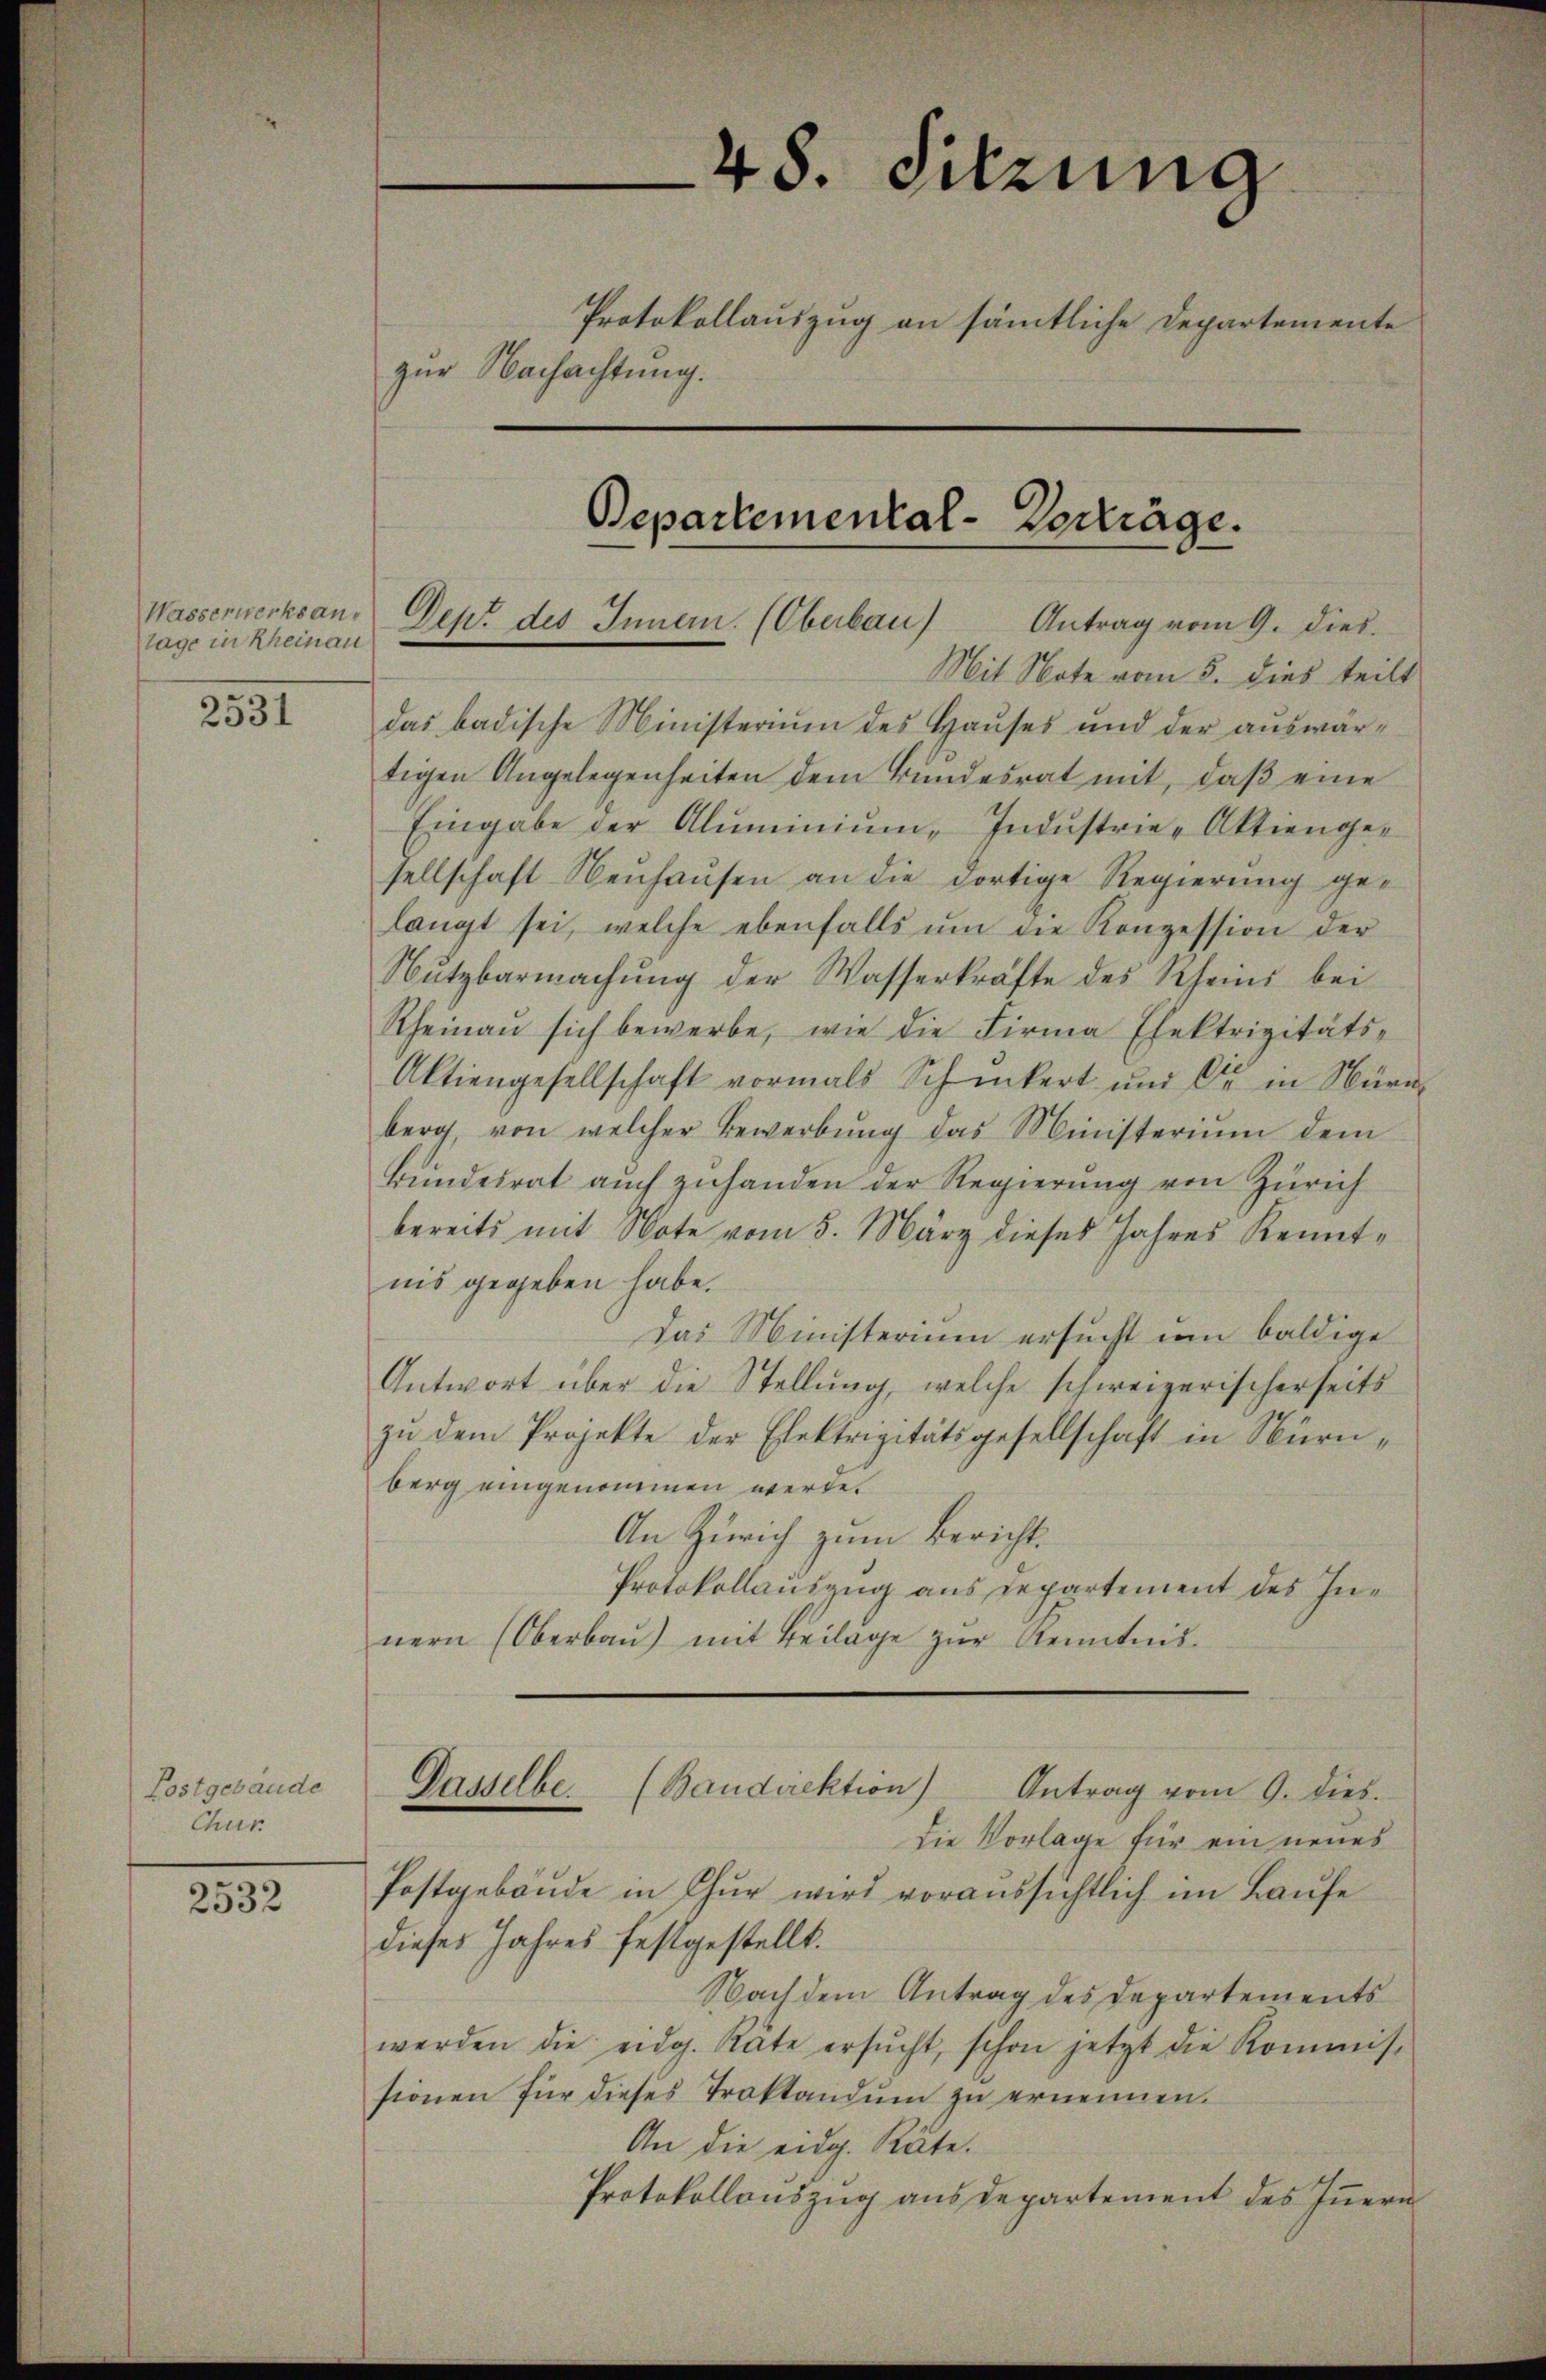
tage in Rheinau

2531

Postgebäude
Chur

2532

48. Sitzung
Protokollauszug an sämtliche Departemente
zur Nachachtung.
Departemental-Vorträge.

Wasserwerksan. Dez. des Innern. (Oberbau Antrag vom 9. Dieb.
Mit Note vom 5. dies teilt
das badische Ministerium des Haŭses und der aŭswär-
tigen Angelegenheiten dem Bundesrat mit, daß eine
Eingabe der Aluminium Industrie-Aktienger
sellschaft Neuhausen an die dortige Regierung gelangt sei, welche ebenfalls ŭm die Konzession der
Nŭtzbarmachŭng der Wasserkräfte des Rhein bei
Rheinau sich bewerbe, wie die Firma Elektrizitäts-
Aktiengesellschaft vormals Schickert und Dr. in Nürn
berg, von welcher Bewerbŭng das Ministerium dem
Bŭndesrat aŭch zŭhanden der Regierŭng von Zürich
bereits mit Note vom 5. März dieses Jahres Kenntnis gegeben habe.
Das Ministerium ersucht um baldige
Antwort über die Stellung, welche schweizerischerseits
zu dem Projekte der Elektrizitätsgesellschaft in Nürnberg eingenommen werde.
An Zürich zum Bericht.
Protokollauszug aus Departement des Innern (Oberbaŭ) mit Beilage zŭr Kenntnis.

Dasselbe. (Bandirektion) Antrag vom 9. dies.

Die Vorlage für ein neues
Postgebäude in Chur wird voraussichtlich im Laufe
dieses Jahres festgestellt.
Nach dem Antrag des Departements
werden die eidg. Räte ersŭcht, schon jetzt die Kommis-
sionen für dieses Traktandum zu ernennen.
An die eidg. Räte.
Protokollauszug aus departement des Innern